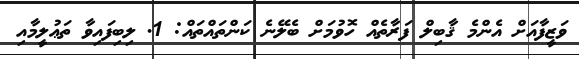
ވަޒީފާއަށް އެންމެ ޤާބިލް ފަރާތެއް ހޮވުމަށް ބެލޭނެ ކަންތައްތައް: 1. ލިބިފައިވާ ތަޢުލީމާއި